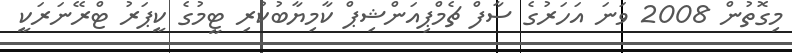
މިގޮތުން 2008 ވަނަ އަހަރުގެ ސާފް ޗެމްޕިއަންޝިޕް ކާމިޔާބުކުރި ޓީމުގެ ކީޕަރު ޓްރޭނަރަކީ